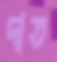
দাত